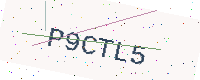
Text: P9CTL5